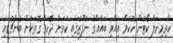
ކްރިމިނަލް ކޯޓުން ހުކުމް އިއްވި ބައެއްގެ ނުފޫޒުގައި ކަމަށް ދޭހަވާ ގޮތަކަށް ބެންޗުގައި